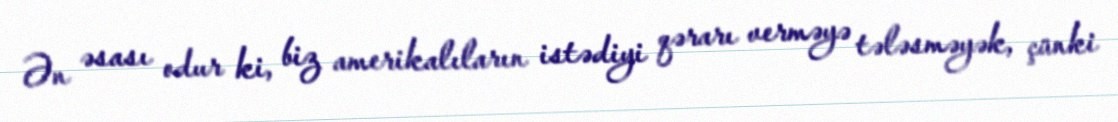
Ən əsası odur ki, biz amerikalıların istədiyi qərarı verməyə tələsməyək, çünki